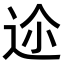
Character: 𨒛